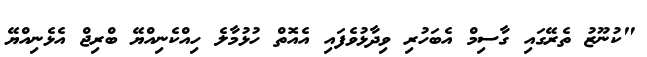
"ކުނޫޒު ތެރޭގައި ގާސިމް އެބަހުރި ވިދާޅުވެފައި އެއޮތް ހުޅުމާލެ ހިއްކެނިއްޔޭ ބްރިޖް އެޅެނިއްޔޭ